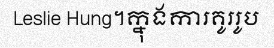
Leslie Hung។ក្នុងការគូររូប